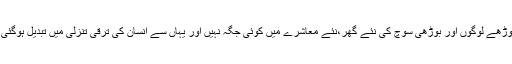
بوڑھے لوگوں اور بوڑھی سوچ کی نئے گھر،نئے معاشرے میں کوئی جگہ نہیں اور یہاں سے انسان کی ترقی تنزلی میں تبدیل ہوگئی ۔